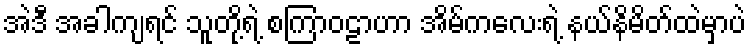
အဲဒီ အခါကျရင် သူတို့ရဲ့ စကြာဝဠာဟာ အိမ်ကလေးရဲ့ နယ်နိမိတ်ထဲမှာပဲ